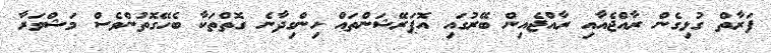
ފަރާތް ގުޅިގެން ރާއްޖެއާއި ރާއްޖެއިން ބޭރުގައި އޮޕަރޭޝަންތައް ހިންގިދާނެ ގޮތްތަކާ ބެހޭގޮތުންވެސް މަޝްވަރާ